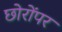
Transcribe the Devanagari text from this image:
छोरोंपर